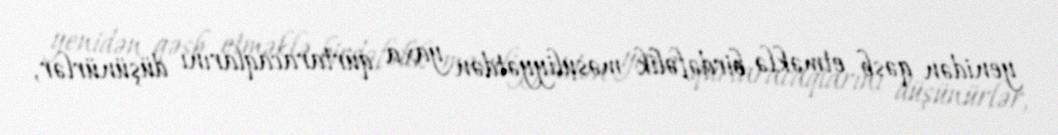
yenidən qəsb etməklə birdəfəlik məsuliyyətdən yaxa qurtaracaqlarını düşünürlər,